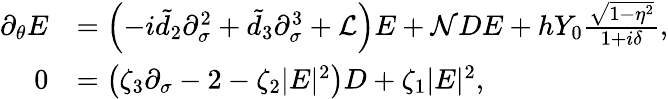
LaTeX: \begin{array}{rl}{\partial_{\theta}E}&{=\left(-i\tilde{d}_{2}\partial_{\sigma}^{2}+\tilde{d}_{3}\partial_{\sigma}^{3}+\mathcal{L}\right)E+\mathcal{N}DE+hY_{0}\frac{\sqrt{1-\eta^{2}}}{1+i\delta},}\\ {0}&{=\left(\zeta_{3}\partial_{\sigma}-2-\zeta_{2}|E|^{2}\right)D+\zeta_{1}|E|^{2},}\end{array}